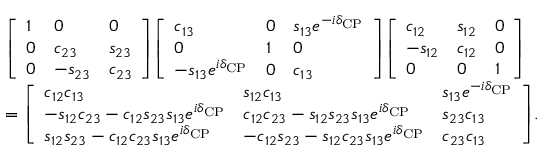
{ \begin{array} { r l } & { { \left[ \begin{array} { l l l } { 1 } & { 0 } & { 0 } \\ { 0 } & { c _ { 2 3 } } & { s _ { 2 3 } } \\ { 0 } & { - s _ { 2 3 } } & { c _ { 2 3 } } \end{array} \right] } { \left[ \begin{array} { l l l } { c _ { 1 3 } } & { 0 } & { s _ { 1 3 } e ^ { - i \delta _ { \mathrm { C P } } } } \\ { 0 } & { 1 } & { 0 } \\ { - s _ { 1 3 } e ^ { i \delta _ { \mathrm { C P } } } } & { 0 } & { c _ { 1 3 } } \end{array} \right] } { \left[ \begin{array} { l l l } { c _ { 1 2 } } & { s _ { 1 2 } } & { 0 } \\ { - s _ { 1 2 } } & { c _ { 1 2 } } & { 0 } \\ { 0 } & { 0 } & { 1 } \end{array} \right] } } \\ & { = { \left[ \begin{array} { l l l } { c _ { 1 2 } c _ { 1 3 } } & { s _ { 1 2 } c _ { 1 3 } } & { s _ { 1 3 } e ^ { - i \delta _ { \mathrm { C P } } } } \\ { - s _ { 1 2 } c _ { 2 3 } - c _ { 1 2 } s _ { 2 3 } s _ { 1 3 } e ^ { i \delta _ { \mathrm { C P } } } } & { c _ { 1 2 } c _ { 2 3 } - s _ { 1 2 } s _ { 2 3 } s _ { 1 3 } e ^ { i \delta _ { \mathrm { C P } } } } & { s _ { 2 3 } c _ { 1 3 } } \\ { s _ { 1 2 } s _ { 2 3 } - c _ { 1 2 } c _ { 2 3 } s _ { 1 3 } e ^ { i \delta _ { \mathrm { C P } } } } & { - c _ { 1 2 } s _ { 2 3 } - s _ { 1 2 } c _ { 2 3 } s _ { 1 3 } e ^ { i \delta _ { \mathrm { C P } } } } & { c _ { 2 3 } c _ { 1 3 } } \end{array} \right] } . } \end{array} }